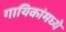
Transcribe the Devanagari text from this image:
गायिकांमध्ये